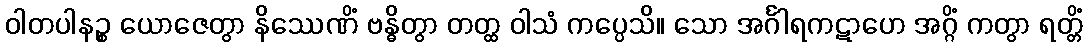
ဝါတပါနဉ္စ ယောဇေတွာ နိဿေဏိံ ဗန္ဓိတွာ တတ္ထ ဝါသံ ကပ္ပေသိ။ သော အင်္ဂါရကဋာဟေ အဂ္ဂိံ ကတွာ ရတ္တိံ